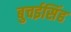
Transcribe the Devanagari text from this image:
बुचईसिंह